Lunatic asylums United Prov. 1922-30 - 1922-1930
Year: 1922
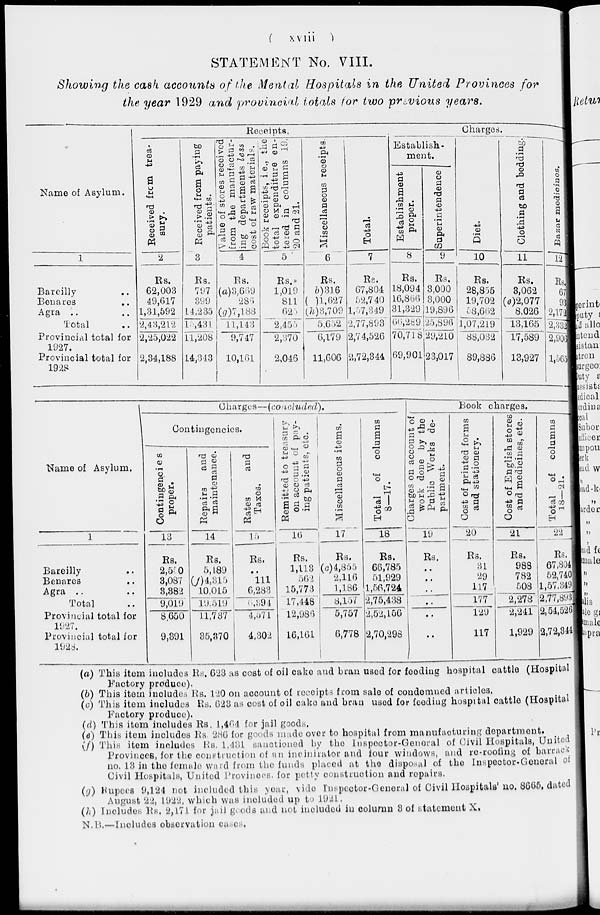
( xviii )
STATEMENT No. VIII.
Showing the cash accounts of the Mental Hospitals in the United Provinces for
the year 1929 and provincial totals for two previous years.
Name of Asylum.
1
Bareilly ..
Benares ..
Agra .. ..
Total
Provincial total for
1927.
Provincial total for
1928
Receipts.
Received from trea-
sury.
2
Rs.
62,003
49,617
1,31,592
2,43,212
2,25,022
2,34,188
Received from paying
patients.
3
Rs.
797
399
14,235
15,431
11,208
14,343
Value of stores received
from the manufactur-
ing departments less
cost of raw materials.
4
Rs.
(a)3,669
286
(g)7,183
11,143
9,747
10,161
Book receipts, i.e., the
total expenditure en-
tered in columns 19,
20 and 21.
5
Rs.
1,019
811
625
2,455
2,370
2,046
Miscellaneous receipts.
6
Rs.
(b)316
(d)1,627
(h)3,709
5,652
6,179
11,606
Total.
7
Rs.
67,804
52,740
1,57,349
2,77,893
2,74,526
2,72,344
Charges.
Establish-
ment.
Establishment
proper.
8
Rs.
18,094
16,866
31,329
66,289
70,718
69,901
Superintendence
9
Rs.
3,000
3,000
19,896
25,896
29,210
23,017
Diet.
10
Rs.
28,855
19,702
58,662
1,07,219
88,032
89,886
Clothing and bedding.
11
Rs.
3,062
(e)2,077
8,026
13,165
17,589
13,927
Bazar medicines.
12
Rs.
67
93
2,172
2,332
2,906
1,565
Name of Asylum.
1
Bareilly ..
Benares ..
Agra .. ..
Total ..
Provincial total for
1927.
Provincial total for
1928.
Charges—(concluded).
Contingencies.
Contingencies
proper.
13
Rs.
2,550
8,087
3,382
9,019
8,650
9,391
Repairs and
maintenance.
14
Rs.
5,189
(f) 4,315
10,015
19,519
11,737
35,370
Rates
and
Taxes.
15
Rs.
..
111
6,283
6,394
4,571
4,302
Remitted to treasury
on account of pay-
ing patients, etc.
16
Rs.
1,113
562
15,773
17,448
12,986
16,161
Miscellaneous items.
17
Rs.
(c)4,855
2,116
1,186
8,157
5,757
6,778
T otal of columns
8—17.
18
Rs.
66,785
51,929
1,56,724
2,75,438
2,52,156
2,70,298
Book charges.
Charges on account of
work done by the
Public Works de-
partment.
19
Rs.
..
..
..
..
..
..
Cost of printed forms
and
stationery.
20
Rs.
31
29
117
177
129
117
Cost of English stores
and medicines, etc.
21
Rs.
988
782
508
2,278
2,241
1,929
Total of columns
18—21.
22
Rs.
67,804
52,740
1,57,349
2,77,893
2,54,526
2,72,344
(a) This item includes Rs. 623 as cost of oil cake and bran used for feeding hospital cattle (Hospital
Factory produce).
(b) This item includes Rs. 120 on account of receipts from sale of condemned articles.
(c) This item includes Rs. 623 as cost of oil cake and bran used for feeding hospital cattle (Hospital
Factory produce).
(d) This item includes Rs. 1,464 for jail goods.
(e) This item includes Rs. 286 for goods made over to hospital from manufacturing department.
(f) This item includes Rs. l,431 sanctioned by the Inspector-General of Civil Hospitals, United
Provinces, for the construction of an incinirator and four windows, and re-roofing of barrack
no. 13 in the female ward from the funds placed at the disposal of the Inspector-General of
Civil Hospitals, United Provinces, for petty construction and repairs.
(g) Rupees 9,124 not included this year, vide Inspector-General of Civil Hospitals' no. 8665, dated
August 22, 1922, which was included up to 1921.
(h) Includes Rs. 2,171 for jail goods and not included in column 3 of statement X.
N.B.—Includes observation cases.